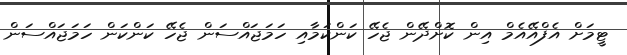
ޓީމަށް އެފްއޭއެމް އިން ކޮށްދޭން ޖެހޭ ކަންކަމާއި ހަމަޖައްސަން ޖެހޭ ކަންކަން ހަމަޖައްސަން